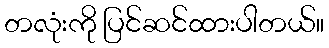
တလုံးကို ပြင်ဆင်ထားပါတယ်။